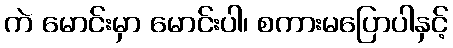
ကဲ မောင်းမှာ မောင်းပါ၊ စကားမပြောပါနှင့်